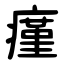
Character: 瘽